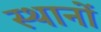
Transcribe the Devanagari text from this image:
स्थानाें